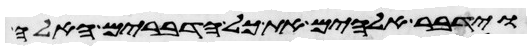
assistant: וידבר אלהים את כל הדברים האלה